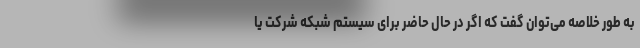
به طور خلاصه می‌توان گفت که اگر در حال حاضر برای سیستم شبکه شرکت یا